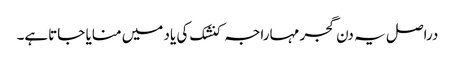
دراصل یہ دن گجر مہاراجہ کنشک کی یاد میں منایا جاتاہے۔